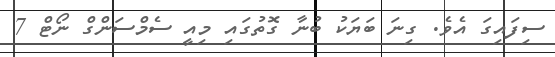
ސިފައިގަ އެވެ. ގިނަ ބަޔަކު ބުނާ ގޮތުގައި މިއީ ސެމްސަންގް ނޯޓް 7